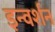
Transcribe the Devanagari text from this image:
इन्वर्शन